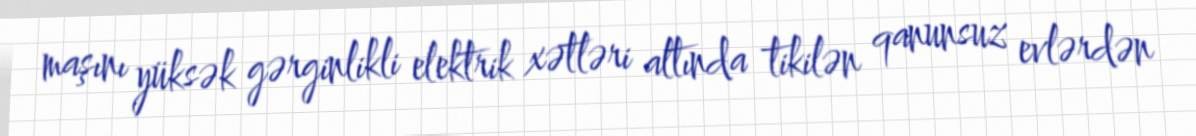
maşını yüksək gərginlikli elektrik xətləri altında tikilən qanunsuz evlərdən